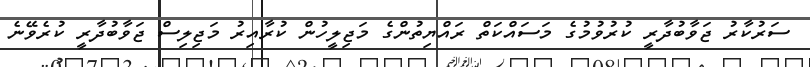
ސަރުކާރު ޖަވާބުދާރީ ކުރުވުމުގެ މަސައްކަތް ރައްޔިތުންގެ މަޖިލީހުން ކުރާއިރު މަޖިލިސް ޖަވާބުދާރީ ކުރެވޭނެ